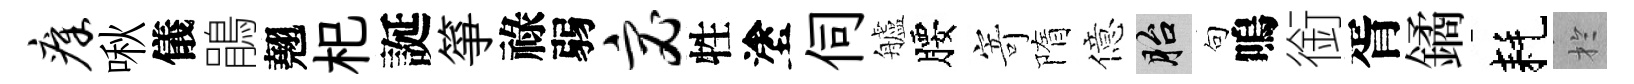
瘴啾儀鵑翹𣏌誕箏祿弱宓牲塗伺艫腰寄隋億胎句嗚銜胥鐍耗扵